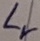
Text: Lr